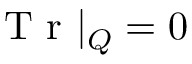
\mathrm { ~ T ~ r ~ } | _ { Q } = 0